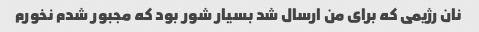
نان رژیمی که برای من ارسال شد بسیار شور بود که مجبور شدم نخورم